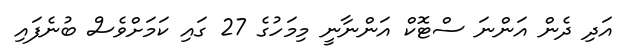
އަދި ދެން އަންނަ ސްޓޮކް އަންނާނީ މިމަހުގެ 27 ގައި ކަމަށްވެސް ބުނެފައި